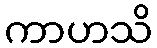
ကာဟသိ